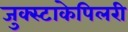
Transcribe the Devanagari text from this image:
जुक्स्टाकेपिलरी